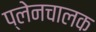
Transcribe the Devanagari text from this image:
प्लेनचालक